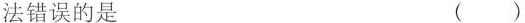
法错误的是 ( )